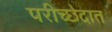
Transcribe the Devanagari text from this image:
परीच्छेदात